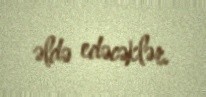
əldə edəcəklər.